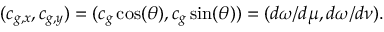
( c _ { g , x } , c _ { g , y } ) = ( c _ { g } \cos ( \theta ) , c _ { g } \sin ( \theta ) ) = ( d \omega / d \mu , d \omega / d \nu ) .